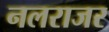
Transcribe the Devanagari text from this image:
नलराजर